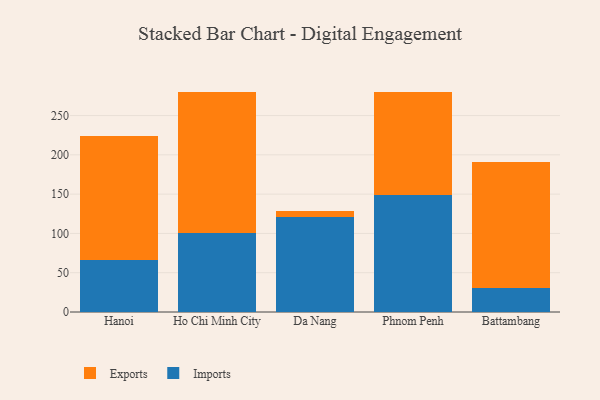
{"axis": {"x": "City", "y": "Bounce Rate (%)"}, "legend": ["Exports", "Imports"], "data": [{"x": "Hanoi", "y": 66.7, "type": "Imports"}, {"x": "Hanoi", "y": 157.0, "type": "Exports"}, {"x": "Ho Chi Minh City", "y": 101.0, "type": "Imports"}, {"x": "Ho Chi Minh City", "y": 179.5, "type": "Exports"}, {"x": "Da Nang", "y": 121.3, "type": "Imports"}, {"x": "Da Nang", "y": 7.0, "type": "Exports"}, {"x": "Phnom Penh", "y": 149.5, "type": "Imports"}, {"x": "Phnom Penh", "y": 130.3, "type": "Exports"}, {"x": "Battambang", "y": 30.8, "type": "Imports"}, {"x": "Battambang", "y": 159.7, "type": "Exports"}]}